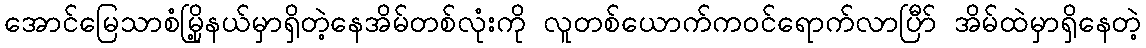
အောင်မြေသာစံမြို့နယ်မှာရှိတဲ့နေအိမ်တစ်လုံးကို လူတစ်ယောက်ကဝင်ရောက်လာပြီါ် အိမ်ထဲမှာရှိနေတဲ့